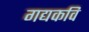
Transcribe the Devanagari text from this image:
गद्यकवि